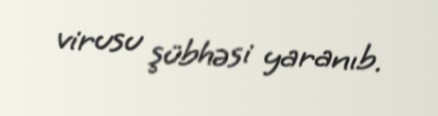
virusu şübhəsi yaranıb.